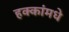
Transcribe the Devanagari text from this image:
हक्कांमधे